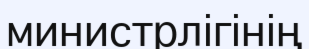
министрлігінің